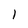
Character: I